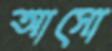
আসো